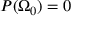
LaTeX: P ( \Omega _ { 0 } ) = 0